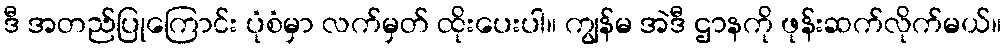
ဒီ အတည်ပြုကြောင်း ပုံစံမှာ လက်မှတ် ထိုးပေးပါ။ ကျွန်မ အဲဒီ ဌာနကို ဖုန်းဆက်လိုက်မယ်။